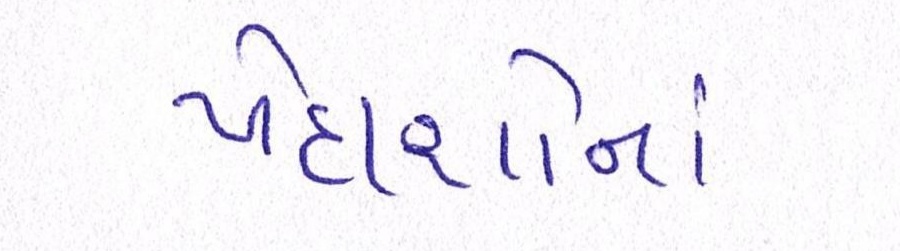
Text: પેદાશોનાં